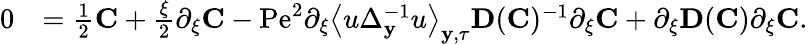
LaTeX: \begin{array}{rl}{0}&{=\frac{1}{2}\mathbf{C}+\frac{\xi}{2}\partial_{\xi}\mathbf{C}-\mathrm{Pe}^{2}\partial_{\xi}\left\langle u\Delta_{\mathbf{y}}^{-1}u\right\rangle_{\mathbf{y},\tau}\mathbf{D}(\mathbf{C})^{-1}\partial_{\xi}\mathbf{C}+\partial_{\xi}\mathbf{D}(\mathbf{C})\partial_{\xi}\mathbf{C}.}\end{array}